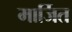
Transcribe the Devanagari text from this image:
मार्जित